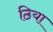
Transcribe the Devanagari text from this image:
ठिया